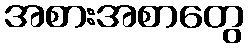
အစားအစာတွေ